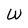
Character: W